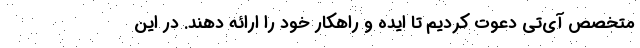
متخصص ‌آی‌تی دعوت کردیم تا ایده و راهکار خود را ارائه دهند. در این